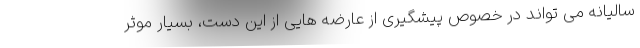
سالیانه می تواند در خصوص پیشگیری از عارضه هایی از این دست، بسیار موثر